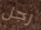
رجل